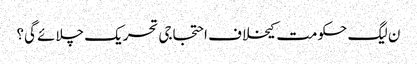
ن لیگ حکومت کیخلاف احتجاجی تحریک چلائے گی؟